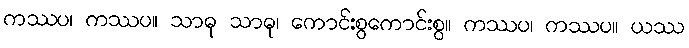
ကဿပ၊ ကဿပ။ သာဓု သာဓု၊ ကောင်းစွကောင်းစွ။ ကဿပ၊ ကဿပ။ ယဿ